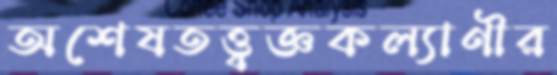
অশেষতত্ত্বজ্ঞকল্যাণীর